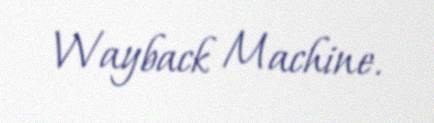
Wayback Machine.